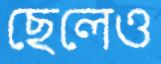
ছেলেও